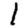
Digit: 1